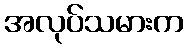
အလုပ်သမားက